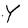
Character: Y